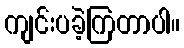
ကျင်းပခဲ့ကြတာပါ။